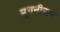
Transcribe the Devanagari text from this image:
मुगनीराम